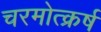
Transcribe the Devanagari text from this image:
चरमोत्क्रर्ष